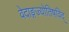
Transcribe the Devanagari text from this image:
वेदाङ्गज्याेतिषविद्